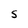
Character: S